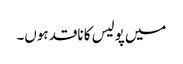
میں پولیس کا ناقد ہوں۔